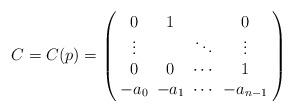
LaTeX: \begin{align*} C=C(p)=\left( \arraycolsep3pt \begin{array}{cccc} 0 & 1 & & 0\\ \vdots & & \ddots & \vdots \\ 0 & 0 & \cdots & 1\\ -a_0 & -a_1 & \cdots & -a_{n-1} \end{array} \right) \end{align*}